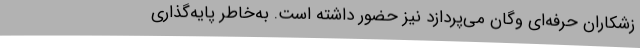
زشکاران حرفه‌ایِ وگان می‌پردازد نیز حضور داشته است. به‌خاطر پایه‌گذاری